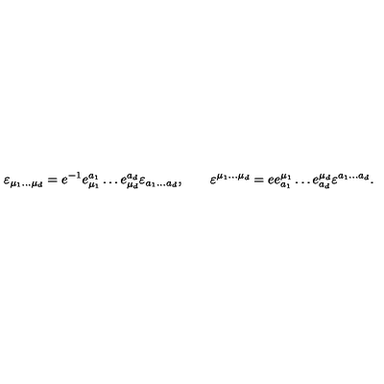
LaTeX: \varepsilon _ { \mu _ { 1 } \ldots \mu _ { d } } = e ^ { - 1 } e _ { \mu _ { 1 } } ^ { a _ { 1 } } \ldots e _ { \mu _ { d } } ^ { a _ { d } } \varepsilon _ { a _ { 1 } \ldots a _ { d } } , \qquad \varepsilon ^ { \mu _ { 1 } \ldots \mu _ { d } } = e e _ { a _ { 1 } } ^ { \mu _ { 1 } } \ldots e _ { a _ { d } } ^ { \mu _ { d } } \varepsilon ^ { a _ { 1 } \ldots a _ { d } } .